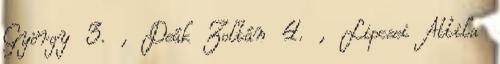
György 3. , Deák Zoltán 4. , Lipcsei Attila